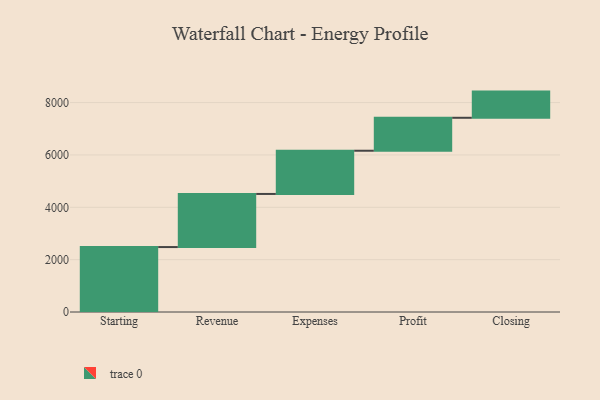
{"axis": {"x": "Step", "y": "Value"}, "legend": [""], "data": [{"x": "Starting", "y": 2481.0, "type": ""}, {"x": "Revenue", "y": 2029.0, "type": ""}, {"x": "Expenses", "y": 1651.0, "type": ""}, {"x": "Profit", "y": 1259.0, "type": ""}, {"x": "Closing", "y": 1000, "type": ""}]}